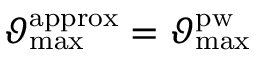
\vartheta _ { \mathrm { m a x } } ^ { \mathrm { a p p r o x } } = \vartheta _ { \mathrm { m a x } } ^ { \mathrm { p w } }